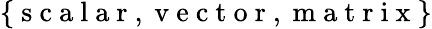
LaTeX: \{ \mathrm{~s~c~a~l~a~r~},\mathrm{~v~e~c~t~o~r~},\mathrm{~m~a~t~r~i~x~}\}